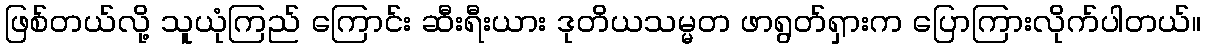
ဖြစ်တယ်လို့ သူယုံကြည် ကြောင်း ဆီးရီးယား ဒုတိယသမ္မတ ဖာရွတ်ရှားက ပြောကြားလိုက်ပါတယ်။